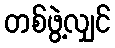
တစ်ဖွဲ့လျှင်